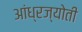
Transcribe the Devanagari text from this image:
आंध्रज्योती